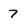
Character: 7